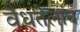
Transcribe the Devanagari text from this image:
वैधतेलाच